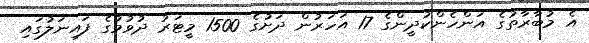
އެ މުބާރާތުގެ އަންހެންކުދީންގެ 17 އަހަރުން ދަށުގެ 1500 މީޓަރު ދުވުމުގެ ފައިނަލުގައި